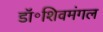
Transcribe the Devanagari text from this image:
डॉ॰शिवमंगल